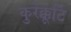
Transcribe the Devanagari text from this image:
कुरेक्कूटि